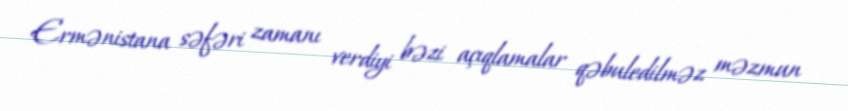
Ermənistana səfəri zamanı verdiyi bəzi açıqlamalar qəbuledilməz məzmun